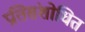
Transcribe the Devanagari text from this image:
प्रतिसंशोधित